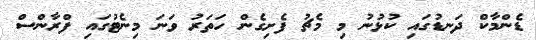
ޑެންމާކް ދަނޑުގައި ކުޅުނު މި މެޗު ފެށިގެން ހަތަރު ވަނަ މިނެޓުގައި ފްރާންސް